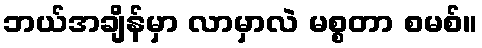
ဘယ်အချိန်မှာ လာမှာလဲ မစ္စတာ စမစ်။